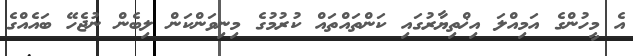
އެ މީހުންގެ އަމިއްލަ އިޚްތިޔާރުގައި ކަންތައްތައް ކުރުމުގެ މިނިވަންކަން ލިބެން ނުޖެހޭ ބައެއްގެ